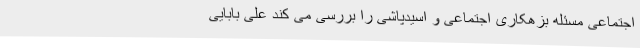
اجتماعی مسئله بزهکاری اجتماعی و اسیدپاشی را بررسی می کند علی بابایی